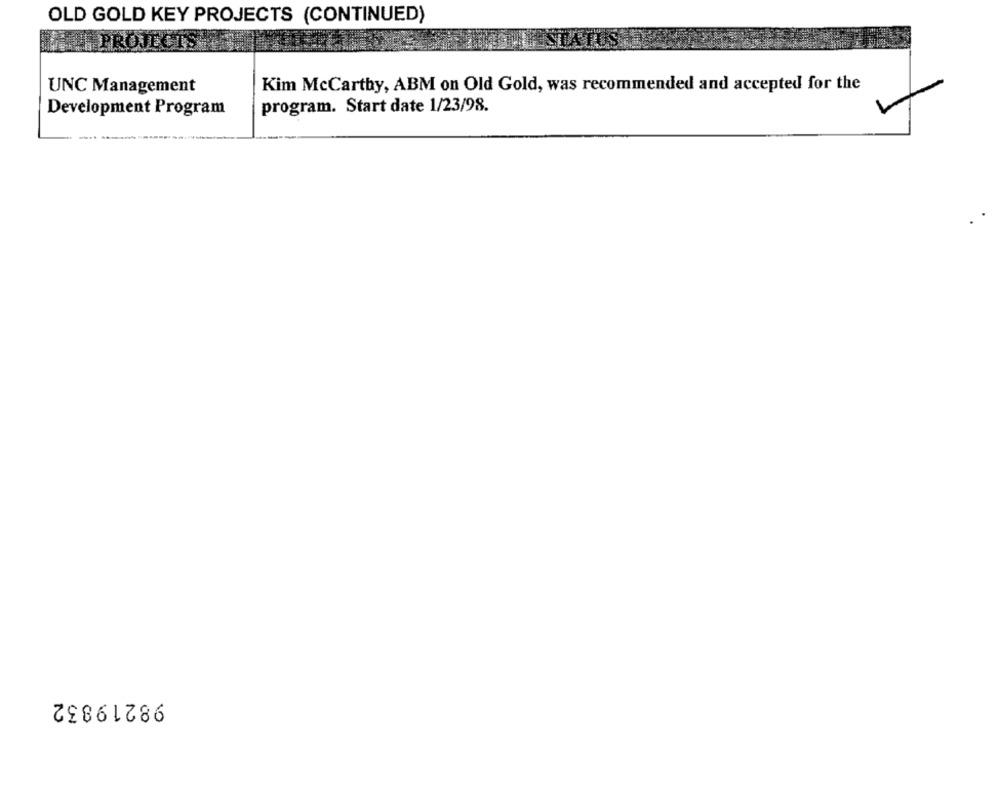
OLD GOLD KEY PROJECTS (CONTINUED)
PROJECTS
Kim McCartby, ABM on Old Gold, was recommended and accepted for the
UNC Management
Development Program
program. Start date 1/23/98.
98219832